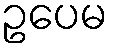
ဥပေမ